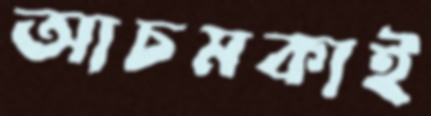
আচমকাই